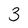
Character: 3